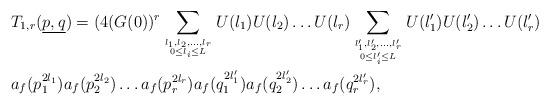
LaTeX: \begin{align*}&T_{1,r}(\underline{p,q}) = (4(G(0))^r\sum_{l_1,l_2,\dots, l_r \atop {0 \leq l_i \leq L}}U(l_1)U(l_2)\dots U(l_r) \sum_{l_1',l_2',\dots, l_r' \atop {0 \leq l_i' \leq L}}U(l_1')U(l_2')\dots U(l_r') \\&a_f(p_1^{2l_1})a_f(p_2^{2l_2})\dots a_f(p_r^{2l_r})a_f(q_1^{2l_1'})a_f(q_2^{2l_2'})\dots a_f(q_r^{2l_r'}),\\\end{align*}